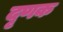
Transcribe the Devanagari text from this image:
दृणक